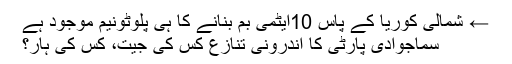
← شمالی کوریا کے پاس 10ایٹمی بم بنانے کا ہی پلوٹونیم موجود ہے
سماجوادی پارٹی کا اندرونی تنازع کس کی جیت، کس کی ہار؟